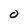
Character: O